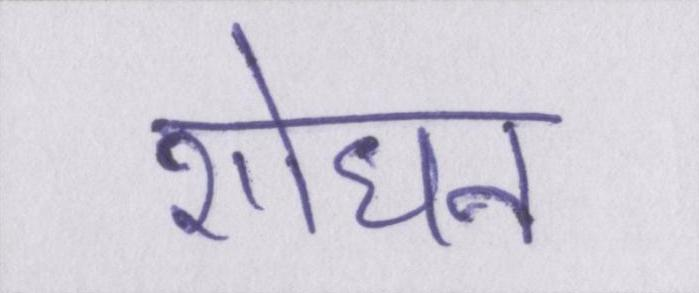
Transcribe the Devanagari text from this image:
शोधन